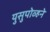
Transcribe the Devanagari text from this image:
युसुपोव्हने